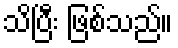
သိပြီး ဖြစ်သည်။